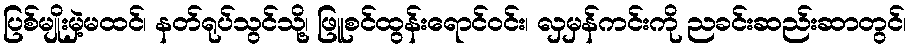
ပြစ်မျိုးမှဲ့မထင်၊ နတ်ရုပ်သွင်သို့၊ ဖြူစင်ထွန်းရောင်ဝင်း၊ လှမှန်ကင်းကို ညခင်းဆည်းဆာတွင်၊